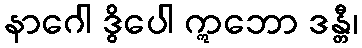
နာဂေါ ဒွိပေါ ဣဘော ဒန္တီ၊